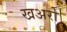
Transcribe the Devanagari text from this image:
खअरो